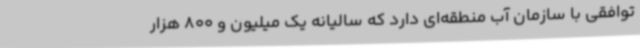
توافقی با سازمان آب منطقه‌ای دارد که سالیانه یک میلیون و 800 هزار